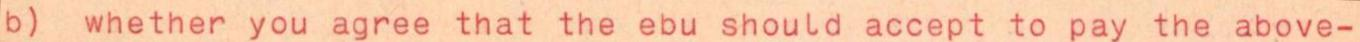
b) whether you agree that the ebu should accept to pay the above-